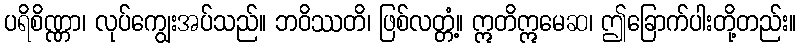
ပရိစိဏ္ဏာ၊ လုပ်ကျွေးအပ်သည်။ ဘဝိဿတိ၊ ဖြစ်လတ္တံ့။ ဣတိဣမေဆ၊ ဤခြောက်ပါးတို့တည်း။